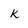
Character: k